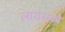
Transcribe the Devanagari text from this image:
लायंसको